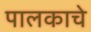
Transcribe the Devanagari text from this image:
पालकाचे